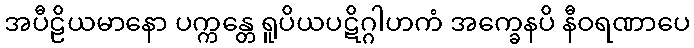
အပီဠိယမာနော ပက္ကန္တေ ရူပိယပဋိဂ္ဂါဟကံ အက္ခေနပိ နီဝရဏာပေ